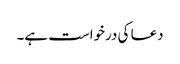
دعا کی درخواست ہے۔